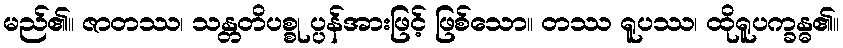
မည်၏။ ဇာတဿ၊ သန္တတိပစ္စု ပ္ပန်အားဖြင့် ဖြစ်သော။ တဿ ရူပဿ၊ ထိုရူပက္ခန္ဓ၏။